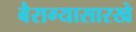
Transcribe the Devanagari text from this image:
बैराग्यासारखे